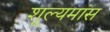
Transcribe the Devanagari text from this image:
शूल्यमांस